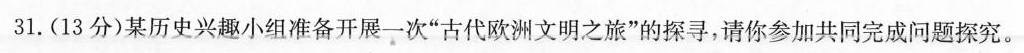
31.(13分)某历史兴趣小组准备开展一次”古代欧洲文明之旅”的探寻，请你参加共同完成问题探究。